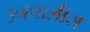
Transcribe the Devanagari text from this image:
उनचालीस